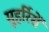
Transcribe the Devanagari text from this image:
मुहर्रिरों